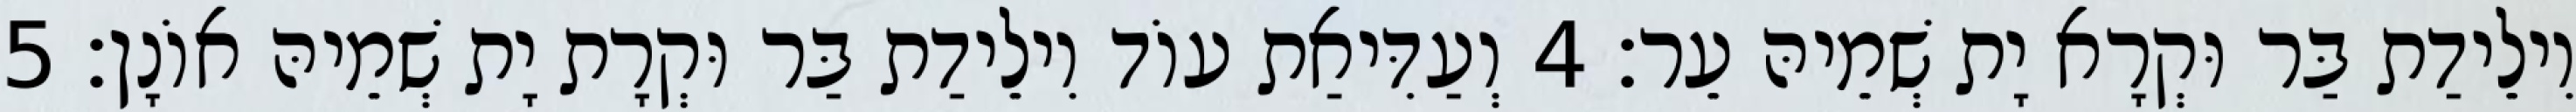
וִילֵידַת בַּר וּקְרָא יָת שְׁמֵיהּ עֵר׃ 4 וְעַדִּיאַת עוֹד וִילֵידַת בַּר וּקְרָת יָת שְׁמֵיהּ אוֹנָן׃ 5